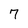
Character: 7